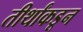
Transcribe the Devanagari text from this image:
तीर्थांकडून